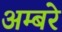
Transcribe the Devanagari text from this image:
अम्बरे